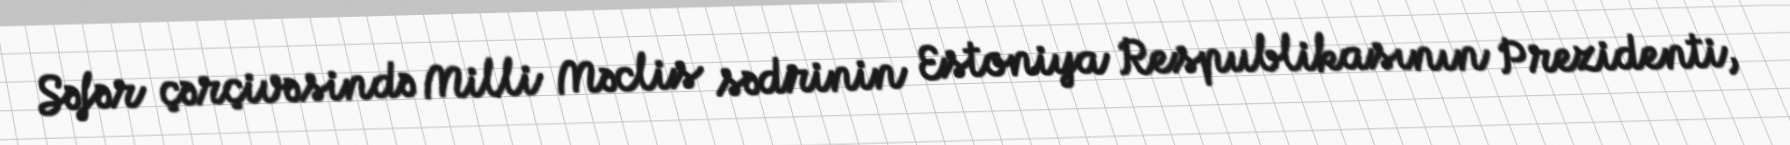
Səfər çərçivəsində Milli Məclis sədrinin Estoniya Respublikasının Prezidenti,